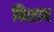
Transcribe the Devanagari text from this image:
बिशाद